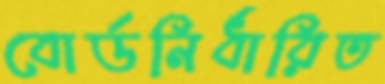
বোর্ডনির্ধারিত